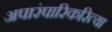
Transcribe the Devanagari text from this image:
अपारंपारिकरित्या